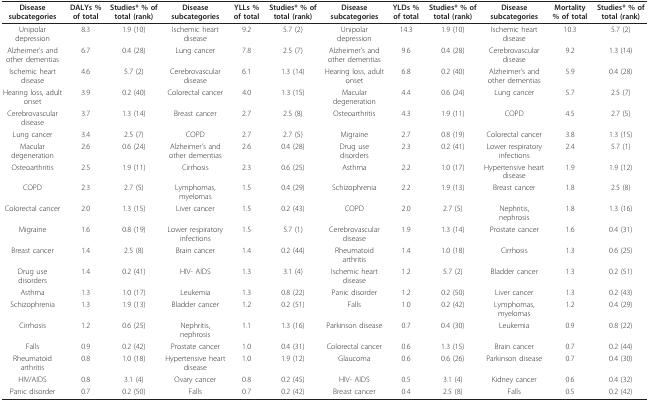
<table><thead><tr><td><b>Disease subcategories</b></td><td><b>DALYs % of total</b></td><td><b>Studies* % of total (rank)</b></td><td><b>Disease subcategories</b></td><td><b>YLLs % of total</b></td><td><b>Studies* % of total (rank)</b></td><td><b>Disease subcategories</b></td><td><b>YLDs % of total</b></td><td><b>Studies* % of total (rank)</b></td><td><b>Disease subcategories</b></td><td><b>Mortality % of total</b></td><td><b>Studies* % of total (rank)</b></td></tr></thead><tbody><tr><td>Unipolar depression</td><td>8.3</td><td>1.9 (10)</td><td>Ischemic heart disease</td><td>9.2</td><td>5.7 (2)</td><td>Unipolar depression</td><td>14.3</td><td>1.9 (10)</td><td>Ischemic heart disease</td><td>10.3</td><td>5.7 (2)</td></tr><tr><td>Alzheimer&#x27;s and other dementias</td><td>6.7</td><td>0.4 (28)</td><td>Lung cancer</td><td>7.8</td><td>2.5 (7)</td><td>Alzheimer&#x27;s and other dementias</td><td>9.6</td><td>0.4 (28)</td><td>Cerebrovascular disease</td><td>9.2</td><td>1.3 (14)</td></tr><tr><td>Ischemic heart disease</td><td>4.6</td><td>5.7 (2)</td><td>Cerebrovascular disease</td><td>6.1</td><td>1.3 (14)</td><td>Hearing loss, adult onset</td><td>6.8</td><td>0.2 (40)</td><td>Alzheimer&#x27;s and other dementias</td><td>5.9</td><td>0.4 (28)</td></tr><tr><td>Hearing loss, adult onset</td><td>3.9</td><td>0.2 (40)</td><td>Colorectal cancer</td><td>4.0</td><td>1.3 (15)</td><td>Macular degeneration</td><td>4.4</td><td>0.6 (24)</td><td>Lung cancer</td><td>5.7</td><td>2.5 (7)</td></tr><tr><td>Cerebrovascular disease</td><td>3.7</td><td>1.3 (14)</td><td>Breast cancer</td><td>2.7</td><td>2.5 (8)</td><td>Osteoarthritis</td><td>4.3</td><td>1.9 (11)</td><td>COPD</td><td>4.5</td><td>2.7 (5)</td></tr><tr><td>Lung cancer</td><td>3.4</td><td>2.5 (7)</td><td>COPD</td><td>2.7</td><td>2.7 (5)</td><td>Migraine</td><td>2.7</td><td>0.8 (19)</td><td>Colorectal cancer</td><td>3.8</td><td>1.3 (15)</td></tr><tr><td>Macular degeneration</td><td>2.6</td><td>0.6 (24)</td><td>Alzheimer&#x27;s and other dementias</td><td>2.6</td><td>0.4 (28)</td><td>Drug use disorders</td><td>2.3</td><td>0.2 (41)</td><td>Lower respiratory infections</td><td>2.4</td><td>5.7 (1)</td></tr><tr><td>Osteoarthritis</td><td>2.5</td><td>1.9 (11)</td><td>Cirrhosis</td><td>2.3</td><td>0.6 (25)</td><td>Asthma</td><td>2.2</td><td>1.0 (17)</td><td>Hypertensive heart disease</td><td>1.9</td><td>1.9 (12)</td></tr><tr><td>COPD</td><td>2.3</td><td>2.7 (5)</td><td>Lymphomas, myelomas</td><td>1.5</td><td>0.4 (29)</td><td>Schizophrenia</td><td>2.2</td><td>1.9 (13)</td><td>Breast cancer</td><td>1.8</td><td>2.5 (8)</td></tr><tr><td>Colorectal cancer</td><td>2.0</td><td>1.3 (15)</td><td>Liver cancer</td><td>1.5</td><td>0.2 (43)</td><td>COPD</td><td>2.0</td><td>2.7 (5)</td><td>Nephritis, nephrosis</td><td>1.8</td><td>1.3 (16)</td></tr><tr><td>Migraine</td><td>1.6</td><td>0.8 (19)</td><td>Lower respiratory infections</td><td>1.5</td><td>5.7 (1)</td><td>Cerebrovascular disease</td><td>1.9</td><td>1.3 (14)</td><td>Prostate cancer</td><td>1.6</td><td>0.4 (31)</td></tr><tr><td>Breast cancer</td><td>1.4</td><td>2.5 (8)</td><td>Brain cancer</td><td>1.4</td><td>0.2 (44)</td><td>Rheumatoid arthritis</td><td>1.4</td><td>1.0 (18)</td><td>Cirrhosis</td><td>1.3</td><td>0.6 (25)</td></tr><tr><td>Drug use disorders</td><td>1.4</td><td>0.2 (41)</td><td>HIV- AIDS</td><td>1.3</td><td>3.1 (4)</td><td>Ischemic heart disease</td><td>1.2</td><td>5.7 (2)</td><td>Bladder cancer</td><td>1.3</td><td>0.2 (51)</td></tr><tr><td>Asthma</td><td>1.3</td><td>1.0 (17)</td><td>Leukemia</td><td>1.3</td><td>0.8 (22)</td><td>Panic disorder</td><td>1.2</td><td>0.2 (50)</td><td>Liver cancer</td><td>1.3</td><td>0.2 (43)</td></tr><tr><td>Schizophrenia</td><td>1.3</td><td>1.9 (13)</td><td>Bladder cancer</td><td>1.2</td><td>0.2 (51)</td><td>Falls</td><td>1.0</td><td>0.2 (42)</td><td>Lymphomas, myelomas</td><td>1.2</td><td>0.4 (29)</td></tr><tr><td>Cirrhosis</td><td>1.2</td><td>0.6 (25)</td><td>Nephritis, nephrosis</td><td>1.1</td><td>1.3 (16)</td><td>Parkinson disease</td><td>0.7</td><td>0.4 (30)</td><td>Leukemia</td><td>0.9</td><td>0.8 (22)</td></tr><tr><td>Falls</td><td>0.9</td><td>0.2 (42)</td><td>Prostate cancer</td><td>1.0</td><td>0.4 (31)</td><td>Colorectal cancer</td><td>0.6</td><td>1.3 (15)</td><td>Brain cancer</td><td>0.7</td><td>0.2 (44)</td></tr><tr><td>Rheumatoid arthritis</td><td>0.8</td><td>1.0 (18)</td><td>Hypertensive heart disease</td><td>1.0</td><td>1.9 (12)</td><td>Glaucoma</td><td>0.6</td><td>0.6 (26)</td><td>Parkinson disease</td><td>0.7</td><td>0.4 (30)</td></tr><tr><td>HIV/AIDS</td><td>0.8</td><td>3.1 (4)</td><td>Ovary cancer</td><td>0.8</td><td>0.2 (45)</td><td>HIV- AIDS</td><td>0.5</td><td>3.1 (4)</td><td>Kidney cancer</td><td>0.6</td><td>0.4 (32)</td></tr><tr><td>Panic disorder</td><td>0.7</td><td>0.2 (50)</td><td>Falls</td><td>0.7</td><td>0.2 (42)</td><td>Breast cancer</td><td>0.4</td><td>2.5 (8)</td><td>Falls</td><td>0.5</td><td>0.2 (42)</td></tr></tbody></table>